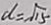
d = \sqrt { 1 5 }